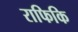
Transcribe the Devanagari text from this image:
राफिकि